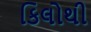
કિલોથી